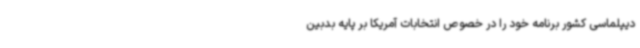
دیپلماسی کشور برنامه خود را در خصوص انتخابات آمریکا بر پایه بدبین